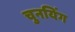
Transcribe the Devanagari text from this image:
चुनयिंग